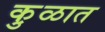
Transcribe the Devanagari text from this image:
कु़ळात